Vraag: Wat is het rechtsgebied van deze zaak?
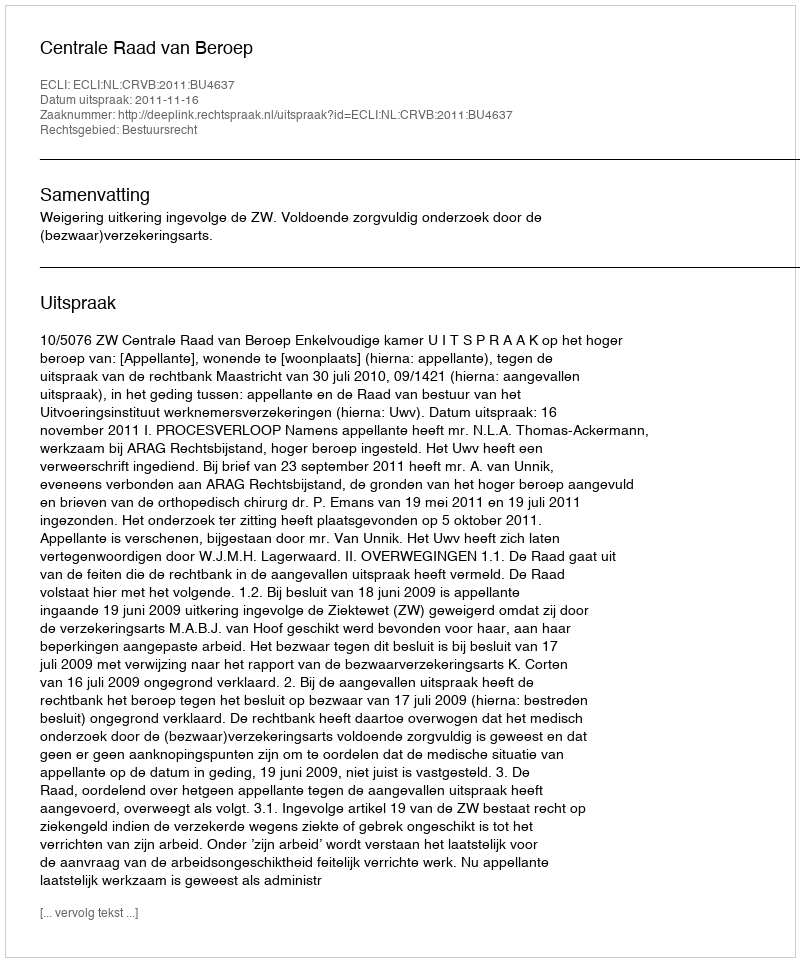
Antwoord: Bestuursrecht